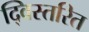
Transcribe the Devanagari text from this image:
द्विस्तरित